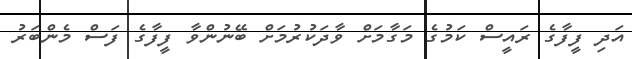
އަދި ފީފާގެ ރައީސް ކަމުގެ މަގާމަށް ވާދަކުރުމަށް ބޭނުންވާ ފީފާގެ ފަސް މެންބަރު